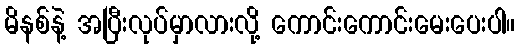
မိနစ်နဲ့ အပြီးလုပ်မှာလားလို့ ကောင်းကောင်းမေးပေးပါ။